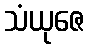
သံယုဇေ